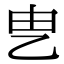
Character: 㐕